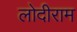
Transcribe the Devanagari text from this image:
लोदीराम